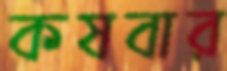
কষবার